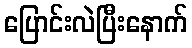
ပြောင်းလဲပြီးနောက်